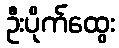
ဦးပိုက်ထွေး